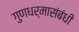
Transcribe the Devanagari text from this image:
गुणधर्मासंबंधी